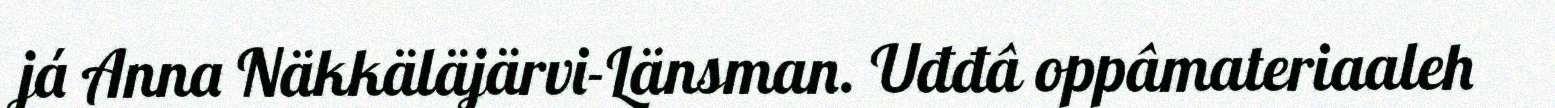
já Anna Näkkäläjärvi-Länsman. Uđđâ oppâmateriaaleh